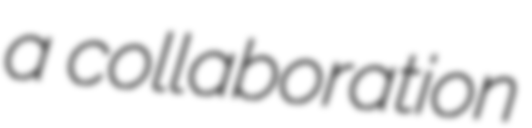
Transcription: a collaboration